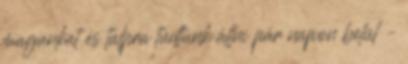
magunkat és talpra tudtunk állni pár napon belül –